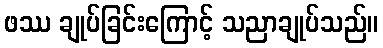
ဖဿ ချုပ်ခြင်းကြောင့် သညာချုပ်သည်။